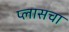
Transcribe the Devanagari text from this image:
प्लासचा